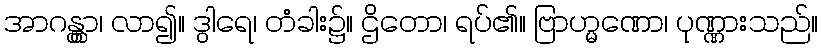
အာဂန္တွာ၊ လာ၍။ ဒွါရေ၊ တံခါး၌။ ဌိတော၊ ရပ်၏။ ဗြာဟ္မဏော၊ ပုဏ္ဏားသည်။